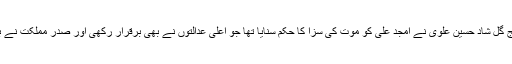
انسدادِ دہشت گردی عدالت کے جج گل شاد حسین علوی نے امجد علی کو موت کی سزا کا حکم سنایا تھا جو اعلیٰ عدالتوں نے بھی برقرار رکھی اور صدرِ مملکت نے بھی رحم کی اپیل مسترد کر دی ۔